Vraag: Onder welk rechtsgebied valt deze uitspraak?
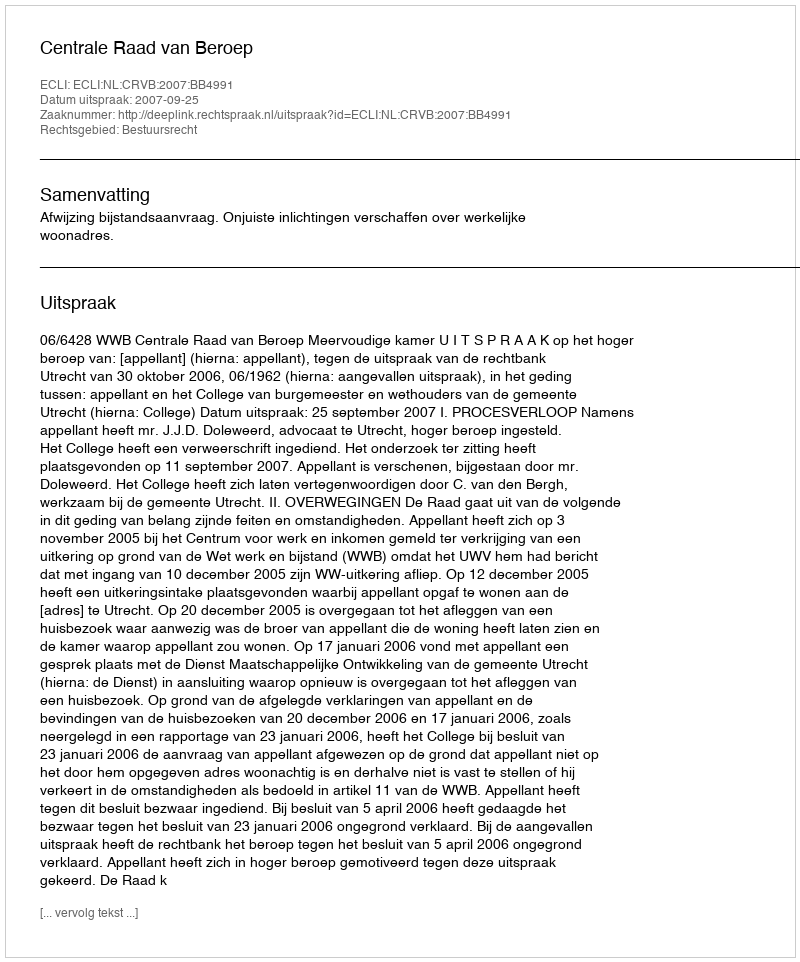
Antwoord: Bestuursrecht